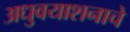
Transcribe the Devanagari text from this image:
अधुवयाशनाचे